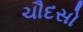
ચૌદસો